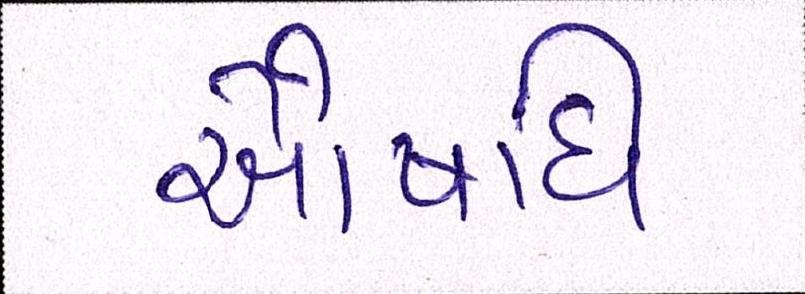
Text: ઔષધિ